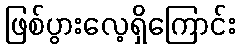
ဖြစ်ပွားလေ့ရှိကြောင်း